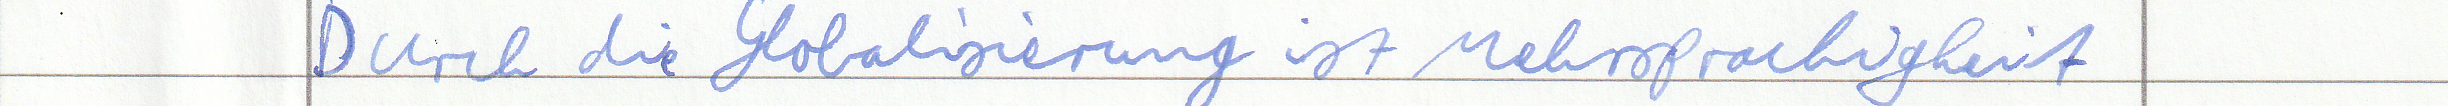
Durch die Globalisierung ist Mehrsprachigkeit